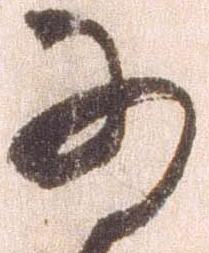
為